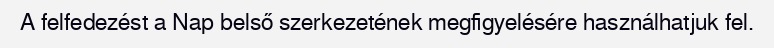
A felfedezést a Nap belső szerkezetének megfigyelésére használhatjuk fel.